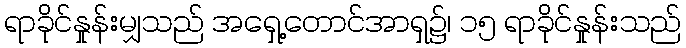
ရာခိုင်နှုန်းမျှသည် အရှေ့တောင်အာရှ၌၊ ၁၅ ရာခိုင်နှုန်းသည်